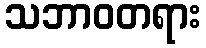
သဘာဝတရား